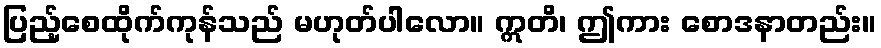
ပြည့်စေထိုက်ကုန်သည် မဟုတ်ပါလော။ ဣတိ၊ ဤကား စောဒနာတည်း။